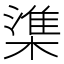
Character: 𬄕